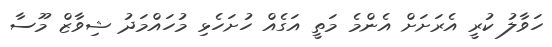
ހަވާލު ކުރީ އެރަށަށް އެންމެ މަތީ އަގެއް ހުށަހެޅި މުހައްމަދު ޝިވާޒް މޫސާ